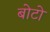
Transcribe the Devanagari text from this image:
बोटो